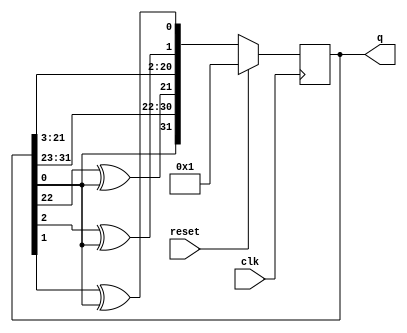
module top_module(
    input clk,
    input reset,    // Active-high synchronous reset to 32'h1
    output [31:0] q
); 
    reg [31:0] q_next;
    always @ (posedge clk)
        begin
            if(reset)
                q<=1'h1;
            else
                q<=q_next;
        end
    always @ (*)
        begin
            q_next = {1'b0, q[31:1]};
            q_next[31] = q[0] ^ 1'b0;
            q_next[21] = q[22] ^ q[0];
            q_next[1] = q[2] ^ q[0];
            q_next[0] = q[1] ^ q[0];
        end

endmodule